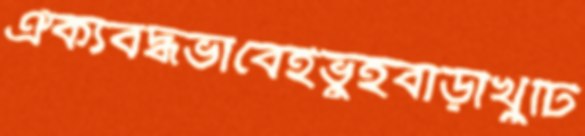
ঐক্যবদ্ধভাবেইভুইবাড়ীখুঁটি